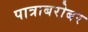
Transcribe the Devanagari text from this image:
पात्राबरोबर